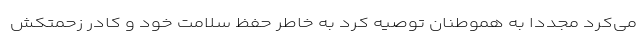
می‌کرد مجددا به هموطنان توصیه کرد به خاطر حفظ سلامت خود و کادر زحمتکش